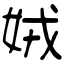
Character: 娀